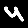
Digit: 4